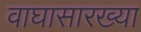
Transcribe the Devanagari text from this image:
वाघासारख्या